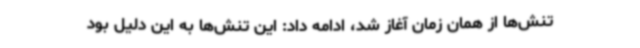
تنش‌ها از همان زمان آغاز شد، ادامه داد: این تنش‌ها به این دلیل بود